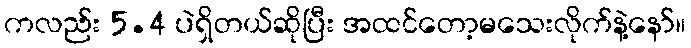
ကလည်း 5.4 ပဲရှိတယ်ဆိုပြီး အထင်တော့မသေးလိုက်နဲ့နော်။